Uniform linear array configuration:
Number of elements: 64
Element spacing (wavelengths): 0.75
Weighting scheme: kaiser
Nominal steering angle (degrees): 15
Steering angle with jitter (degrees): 14.597
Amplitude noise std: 0.05
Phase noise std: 0.05

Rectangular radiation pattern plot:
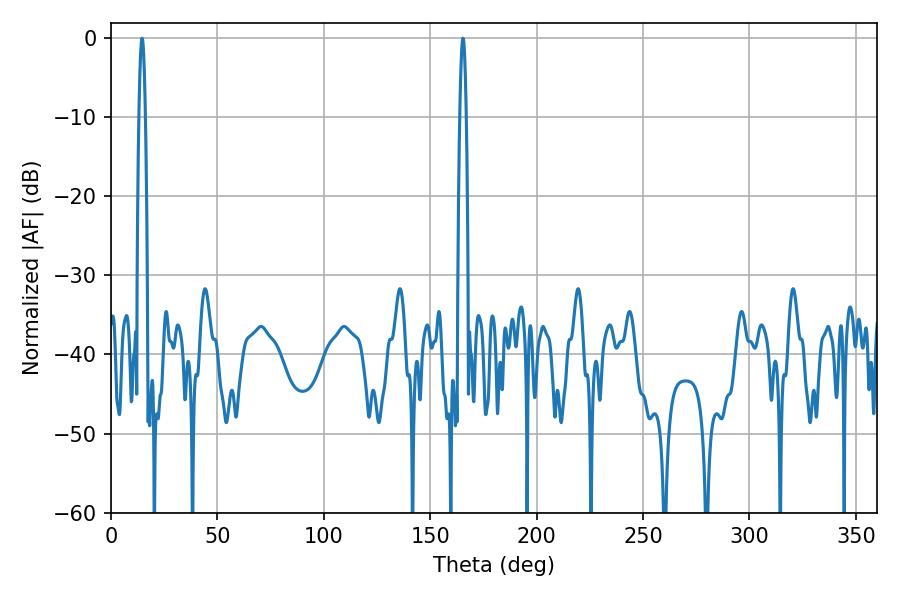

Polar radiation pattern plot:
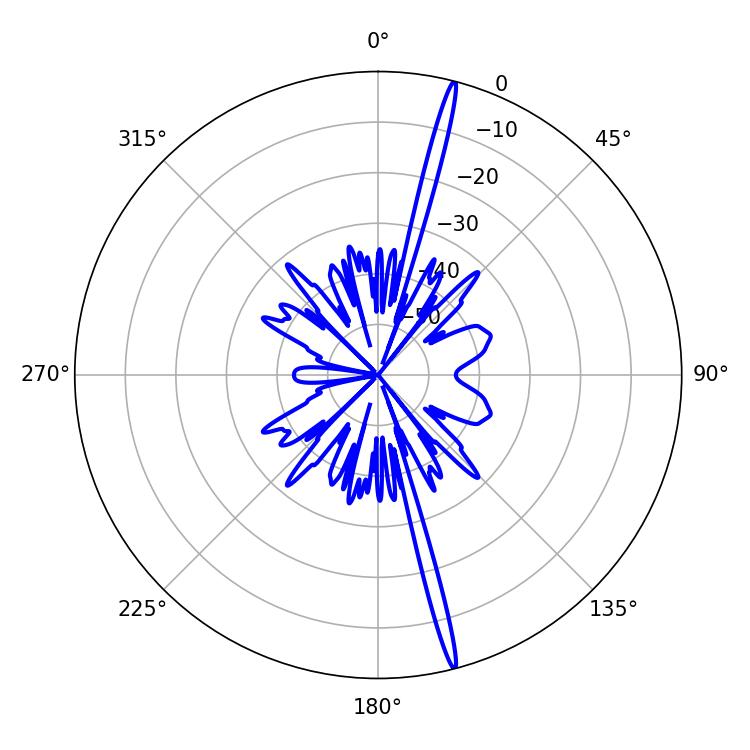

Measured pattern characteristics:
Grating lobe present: TRUE
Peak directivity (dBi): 20.904
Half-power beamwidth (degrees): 1.62
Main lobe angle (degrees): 14.58